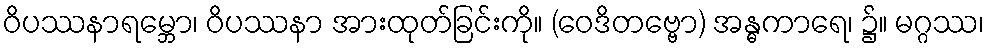
ဝိပဿနာရမ္ဘော၊ ဝိပဿနာ အားထုတ်ခြင်းကို။ (ဝေဒိတဗ္ဗော) အန္ဓကာရေ၊ ၌။ မဂ္ဂဿ၊